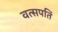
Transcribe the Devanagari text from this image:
वत्सपतिं